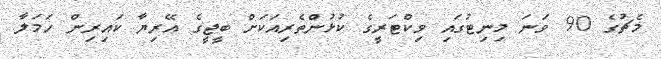
މެޗުގެ 90 ވަނަ މިނިޓުގައި ވިކްޓަރީގެ ކުޅުންތެރިއަކަށް ބީޖީގެ އޭރިޔާ ކައިރިން ހަމަލާ